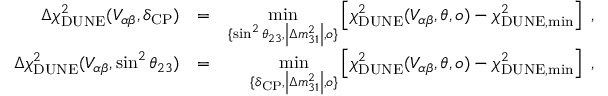
\begin{array} { r l r } { \Delta \chi _ { \mathrm { D U N E } } ^ { 2 } ( V _ { \alpha \beta } , \delta _ { \mathrm { C P } } ) } & { = } & { \underset { \{ \sin ^ { 2 } \theta _ { 2 3 } , \left\vert \Delta m _ { 3 1 } ^ { 2 } \right\vert , o \} } { \mathrm { m i n } } \left[ \chi _ { \mathrm { D U N E } } ^ { 2 } ( V _ { \alpha \beta } , \boldsymbol { \theta } , o ) - \chi _ { \mathrm { D U N E , m i n } } ^ { 2 } \right] \; , } \\ { \Delta \chi _ { \mathrm { D U N E } } ^ { 2 } ( V _ { \alpha \beta } , \sin ^ { 2 } \theta _ { 2 3 } ) } & { = } & { \underset { \{ \delta _ { \mathrm { C P } } , \left\vert \Delta m _ { 3 1 } ^ { 2 } \right\vert , o \} } { \mathrm { m i n } } \left[ \chi _ { \mathrm { D U N E } } ^ { 2 } ( V _ { \alpha \beta } , \boldsymbol { \theta } , o ) - \chi _ { \mathrm { D U N E , m i n } } ^ { 2 } \right] \; , } \end{array}